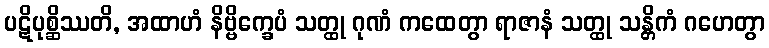
ပဋိပုစ္ဆိဿတိ, အထာဟံ နိဗ္ဗိက္ခေပံ သတ္ထု ဂုဏံ ကထေတွာ ရာဇာနံ သတ္ထု သန္တိကံ ဂဟေတွာ